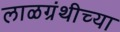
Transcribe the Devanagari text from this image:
लाळग्रंथीच्या